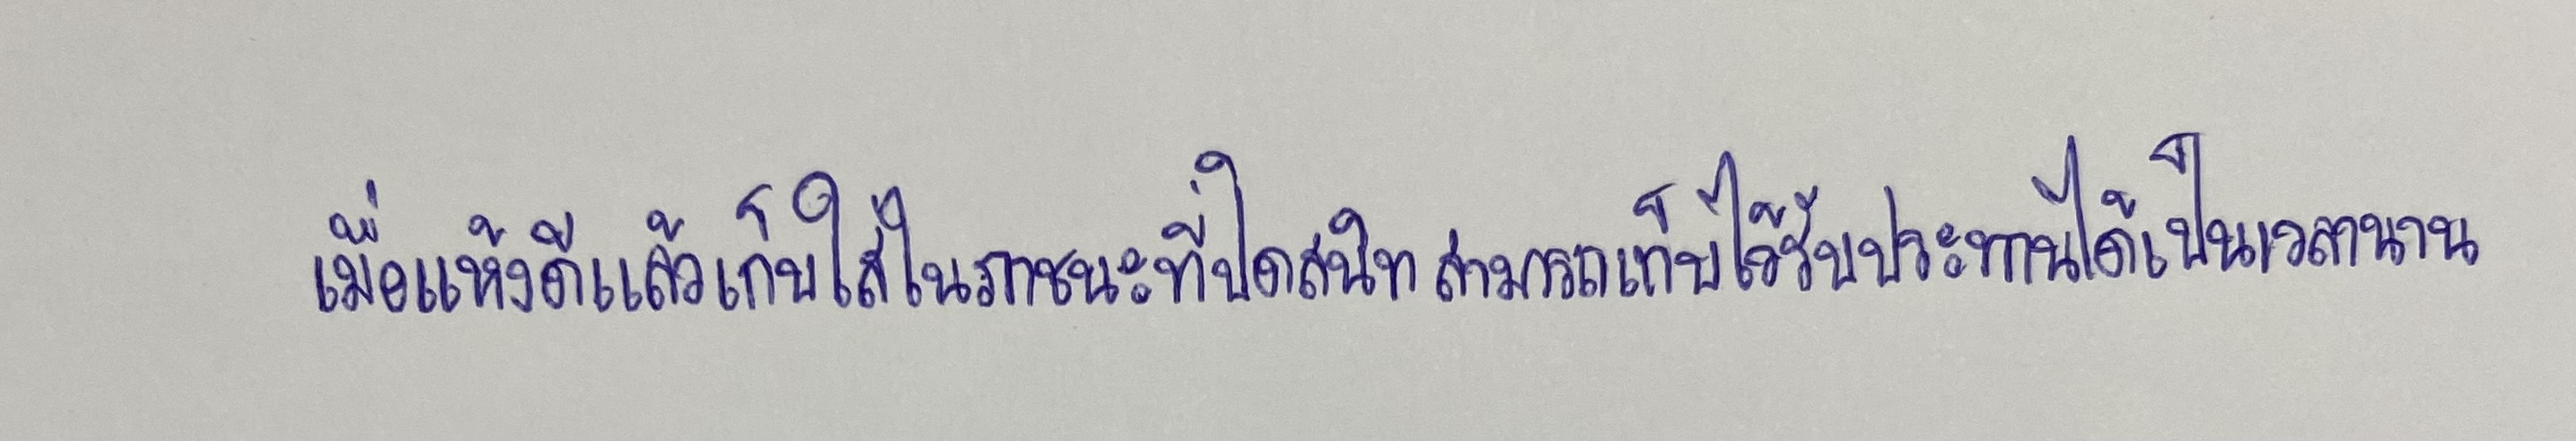
เมื่อแห้งดีแล้วเก็บใส่ในภาชนะที่ปิดสนิทสามารถเก็บไว้รับประทานได้เป็นเวลานาน